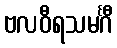
ဗလဝီရသမင်္ဂီ